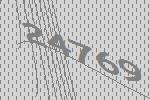
24769